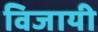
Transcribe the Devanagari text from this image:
विजायी